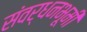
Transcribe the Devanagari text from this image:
संवर्धनभूमी